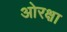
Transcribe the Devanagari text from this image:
ओरक्षा